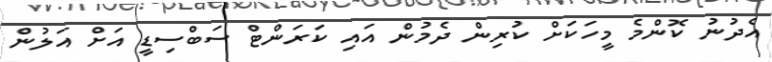
އެދުނު ކޮންމެ މީހަކަށް ކުރިން ދެމުން އައި ކަރަންޓް ސަބްސިޑީ އަށް އަލުން